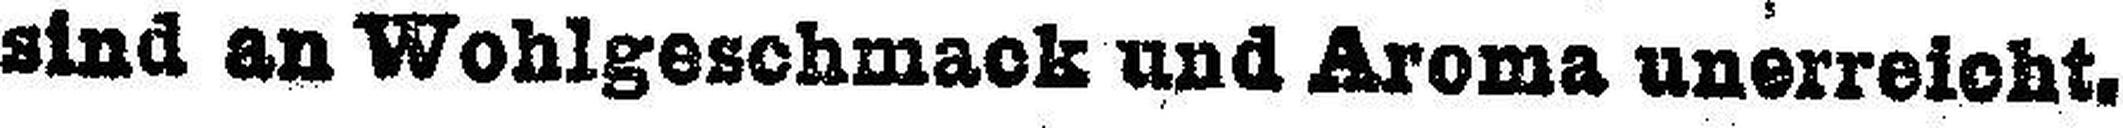
sind an Wohlgeschmack und Aroma unerreicht.